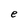
Character: S